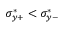
\sigma _ { y + } ^ { * } < \sigma _ { y - } ^ { * }